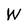
Character: W